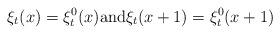
LaTeX: \begin{align*} \xi_t (x) = \xi_t^0 (x) \hbox{and} \xi_t (x + 1) = \xi_t^0 (x + 1)\end{align*}